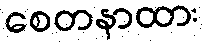
စေတနာထား